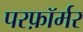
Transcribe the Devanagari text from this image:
परफ़ॉर्मर